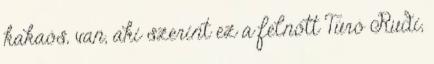
kakaós, van, aki szerint ez a felnőtt Túró Rudi,